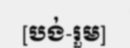
[បង់-រួម]